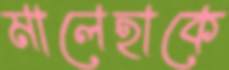
মালেহাকে